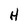
Character: H